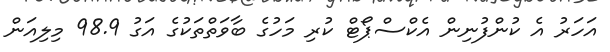
އަހަރު އެ ކުންފުނިން އެކްސްޕޯޓް ކުރި މަހުގެ ބާވަތްތަކުގެ އަގު 98.9 މިލިއަން